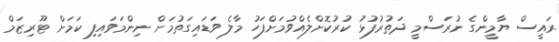
ރައީސް ޔާމީންގެ ނުރަސްމީ ދަތުރުފުޅު ކުރުކޮށްލެއްވުމަށްފަހު މާލެ ވަޑައިގަތުމަށް ނިންމަވައިފި ކަމަށް ޓޫރިޒަމް